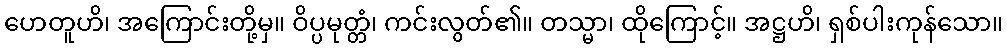
ဟေတူဟိ၊ အကြောင်းတို့မှ။ ဝိပ္ပမုတ္တံ၊ ကင်းလွတ်၏။ တသ္မာ၊ ထိုကြောင့်။ အဋ္ဌဟိ၊ ရှစ်ပါးကုန်သော။